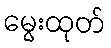
မွေးထုတ်